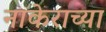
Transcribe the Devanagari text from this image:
नाकेराच्या